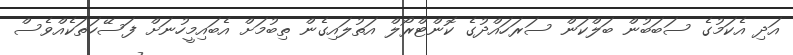
އަދި އެކަމުގެ ސަބަބުން ބަލްކަން ސަރަހައްދުގެ ކޮންޓްރޯލް އަތުލައިގެން ތިބުމަށް އެބައިމީހުނަށް ފަސޭހަތަކެއްވެސް